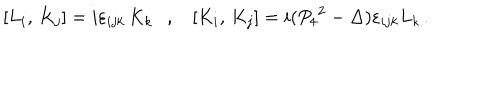
LaTeX: \left[ L _ { i } , \, K _ { j } \right] = i \varepsilon _ { i j k } \, K _ { k } , \left[ K _ { i } , \, K _ { j } \right] = i ( { P _ { 4 } } ^ { 2 } - \Delta ) \varepsilon _ { i j k } L _ { k } \, .